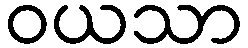
ဝယသာ